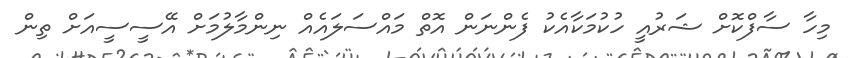
މިހާ ސާފްކޮށް ޝަރުއީ ހުކުމަކާއެކު ފެންނަން އޮތް މައްސަލައެއް ނިންމާލުމަށް އޭސީސީއަށް ތިން